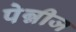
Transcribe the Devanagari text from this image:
पेन्नीज